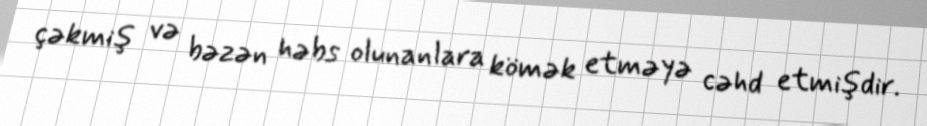
çəkmiş və bəzən həbs olunanlara kömək etməyə cəhd etmişdir.